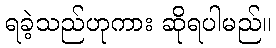
ရခဲ့သည်ဟုကား ဆိုရပါမည်။